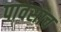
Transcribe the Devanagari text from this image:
पावसाच